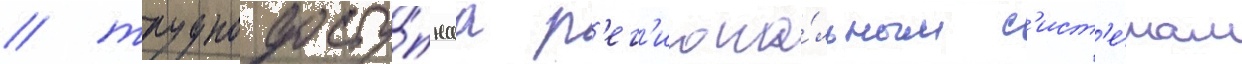
/ труднодосту́пнаа р'ег'иона́льным с'ист'е́мам